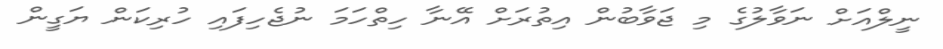
ނީލްއަށް ނަވާލުގެ މި ޖަވާބުން އިތުރަށް އޭނާ ހިތްހަމަ ނުޖެހިފައި ހުރިކަން ޔަގީން